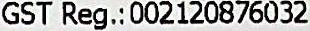
GST REG.:002120876032